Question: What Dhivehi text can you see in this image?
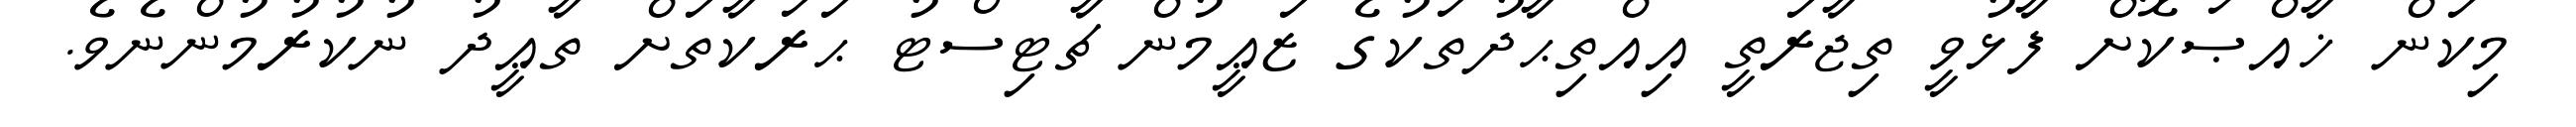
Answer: މިކަން ޚާއްޞަކޮށް ފާޅުވީ ތިޖާރަތީ އިއްތިޙާދުތަކުގެ ޒަޢީމުން ޗާޓިސްޓު ޙަރަކާތަށް ތާޢީދު ނުކުރުމުންނެވެ.